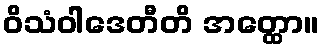
ဝိသံဝါဒေတီတိ အတ္ထော။